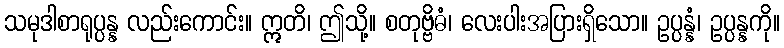
သမုဒါစာရုပ္ပန္န လည်းကောင်း။ ဣတိ၊ ဤသို့။ စတုဗ္ဗိဓံ၊ လေးပါးအပြားရှိသော။ ဥပ္ပန္နံ၊ ဥပ္ပန္နကို။